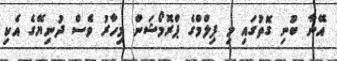
އޭނާ ބުނި ގޮތުގައި މި ފިލްމްގެ ޕްރޮމޯޝަން މިހާރު ވެސް ދުނިޔޭގެ އެކި